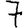
Digit: 7